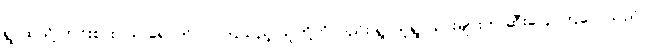
ရွာထဲသို့ ဟင်းစားဝယ် ရောက်လာကြသည့် သူတို့ကိုလည်း ရွာသူရွာသားများက ဆီးပြောကြလေသည်။